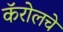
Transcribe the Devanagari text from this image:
कॅरोलचे